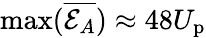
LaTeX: \operatorname*{max}(\overline{{\mathcal{E}_{A}}})\approx 48U_{\mathrm{p}}